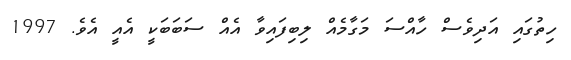
ހިތުގައި އަދިވެސް ހާއްސަ މަގާމެއް ލިބިފައިވާ އެއް ސަބަބަކީ އެއީ އެވެ. 1997